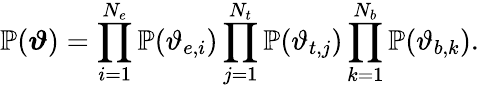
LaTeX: \mathbb{P}(\boldsymbol{\vartheta})=\prod_{i=1}^{N_{e}}\mathbb{P}(\vartheta_{e,i})\prod_{j=1}^{N_{t}}\mathbb{P}(\vartheta_{t,j})\prod_{k=1}^{N_{b}}\mathbb{P}(\vartheta_{b,k}).